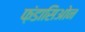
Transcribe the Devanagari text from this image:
फ़ंडासिओन